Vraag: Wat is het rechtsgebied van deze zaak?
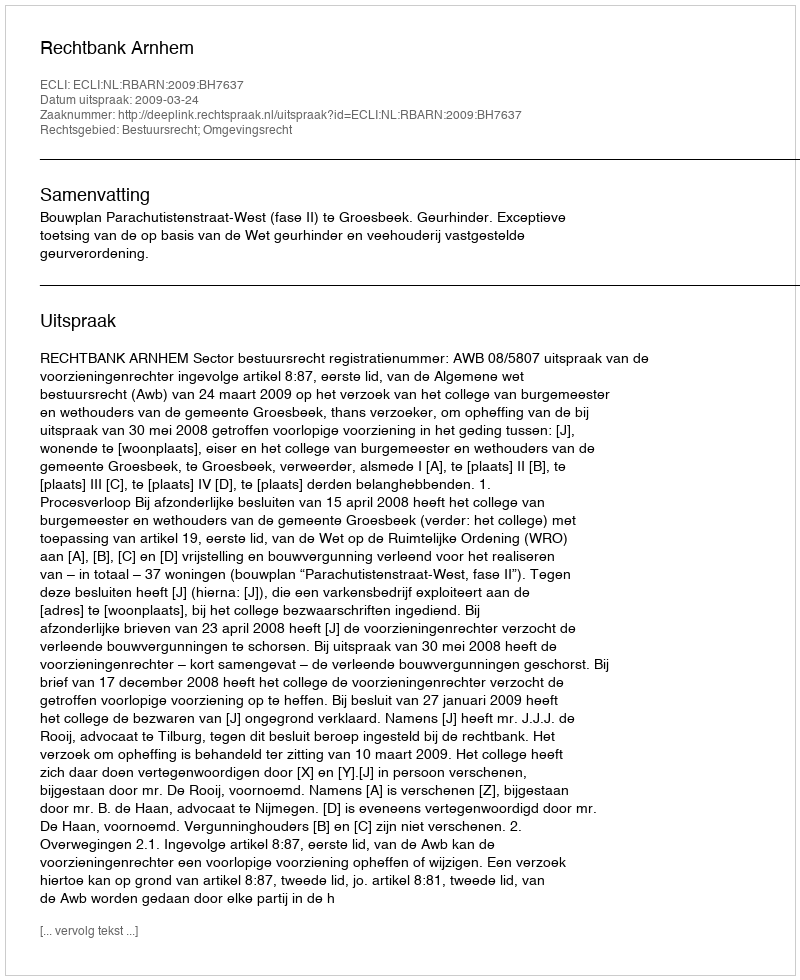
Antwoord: Bestuursrecht; Omgevingsrecht